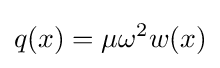
q(x)=\mu \omega ^{2}w(x)